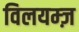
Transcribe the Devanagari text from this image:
विलयम्ज़